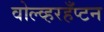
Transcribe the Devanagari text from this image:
वोल्व्हरहँप्टन